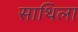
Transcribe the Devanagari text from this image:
साथिला